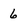
Character: 6